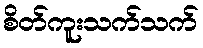
စိတ်ကူးသက်သက်